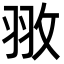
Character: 𮊻